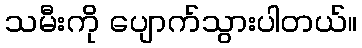
သမီးကို ပျောက်သွားပါတယ်။